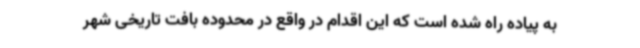
به پیاده راه شده است که این اقدام در واقع در محدوده بافت تاریخی شهر